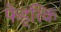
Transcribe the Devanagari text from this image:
फेड्रिक